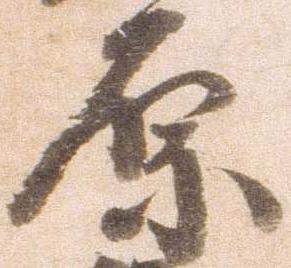
原